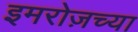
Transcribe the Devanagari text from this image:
इमरोज़च्या